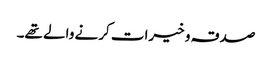
صدقہ و خیرات کرنے والے تھے۔